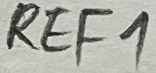
Text: REF1